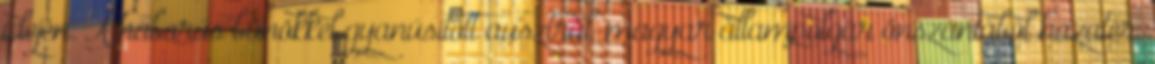
idején. A háborús bűnökkel gyanúsított ausztrál-magyar állampolgár önszántából hazatér.